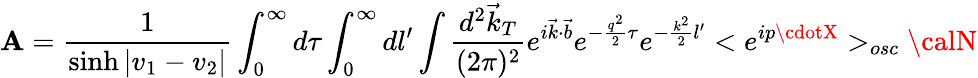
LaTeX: {\cal\mathbf{A}}=\frac{1}{{\sinh|v_{1}-v_{2}|}}\int_{0}^{\infty}d\tau\int_{0}^{\infty}dl^{\prime}\int\frac{{d^{2}\vec{{k}}_{T}}}{{(2\pi)^{2}}}e^{i\vec{{k}}\cdot\vec{{b}}}e^{-\frac{{q^{2}}}{2}\tau}e^{-\frac{{k^{2}}}{2}l^{\prime}}<e^{ip\cdotX}>_{osc}{\calN}